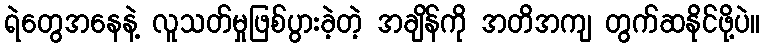
ရဲတွေအနေနဲ့ လူသတ်မှုဖြစ်ပွားခဲ့တဲ့ အချိန်ကို အတိအကျ တွက်ဆနိုင်ဖို့ပဲ။